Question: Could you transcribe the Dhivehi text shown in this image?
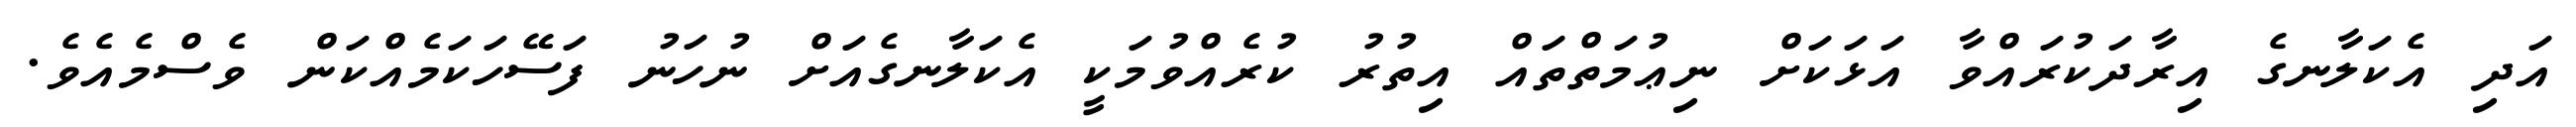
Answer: އަދި އެކަލާނގެ އިރާދަކުރައްވާ އަޅަކަށް ނިޢުމަތްތައް އިތުރު ކުރެއްވުމަކީ އެކަލާނގެއަށް ނުހަނު ފަސޭހަކަމެއްކަން ވެސްމެއެވެ.